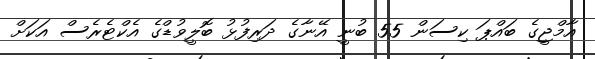
އާމްޖީގެ ބައްޕަ ކިސަން 55 ބުނީ އޭނާގެ ދަރިފުޅު ބޮލީވުޑްގެ އެކްޓެރެސް އަކަށް